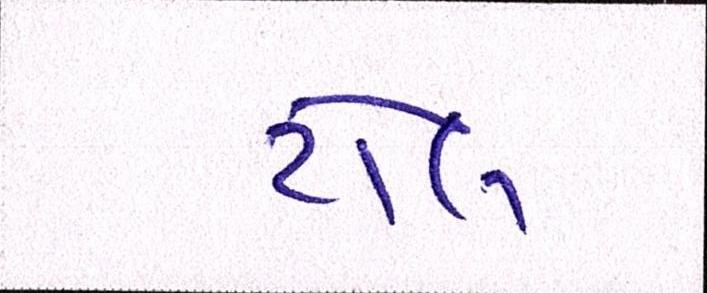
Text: ટોલ